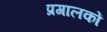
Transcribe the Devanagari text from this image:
प्रगालकों